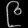
Digit: ၉